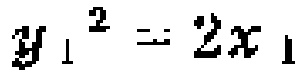
$y_{1}^{2}=2x_{1}$